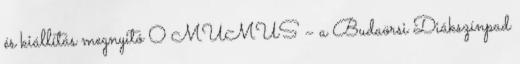
és kiállítás megnyitó 0 MUMUS – a Budaörsi Diákszínpad